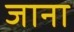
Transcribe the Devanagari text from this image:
जाना